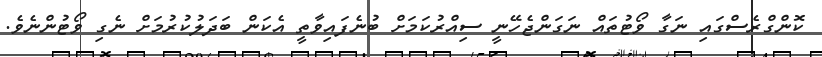
ކޮންގްރެސްގައި ނަގާ ވޯޓުތައް ނަގަންޖެހޭނީ ސިއްރުކަމަށް ބުނެފައިވާތީ އެކަން ބަދަލުކުރުމަށް ނެގި ވޯޓުންނެވެ.